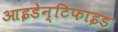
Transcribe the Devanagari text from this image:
आइडेन्टिफाइड